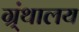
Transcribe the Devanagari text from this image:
ग्र्ंथालय